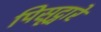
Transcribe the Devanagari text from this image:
पिसूद्वारे